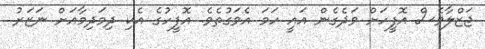
ޖަޒްލާވެސް އޮފީހަށް ވަދެގެން އައީ ހަމަ އެވަގުތެވެ. އޮފީހުގެ އެކި ދިމަދިމާއަށް ނަޒަރު